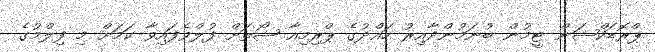
ޕްރޮޑަކްޝަން ޓީމުން ބުނަމުންދާއިރު ހައްދުގެ ޕްރިމިއާ ޝޯތަށް ފުލްވެފައިވާ ކަމަށް މި ފިލްމުގެ